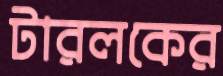
টারলকের